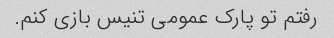
رفتم تو پارک عمومی تنیس بازی کنم.